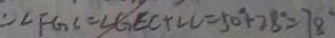
\therefore \angle F G C = \angle G E C + \angle C = 5 0 ^ { \circ } + 2 8 ^ { \circ } = 7 8 ^ { \circ }